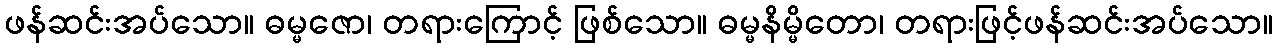
ဖန်ဆင်းအပ်သော။ ဓမ္မဇော၊ တရားကြောင့် ဖြစ်သော။ ဓမ္မနိမ္မိတော၊ တရားဖြင့်ဖန်ဆင်းအပ်သော။